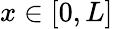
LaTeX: x\in[0,L]